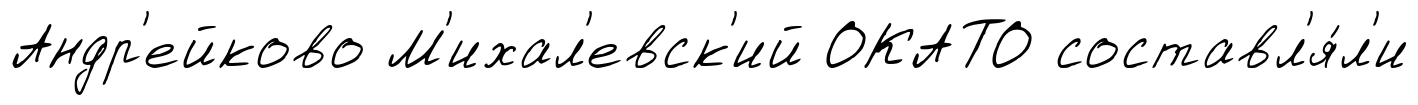
Андр'ейково М'ихал'евск'ий ОКАТО составл'я́л'и